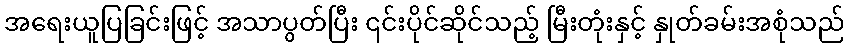
အရေးယူပြခြင်းဖြင့် အသာပွတ်ပြီး ၎င်းပိုင်ဆိုင်သည့် မြီးတုံးနှင့် နှုတ်ခမ်းအစုံသည်